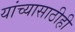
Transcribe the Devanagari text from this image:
यांच्यासाठीही